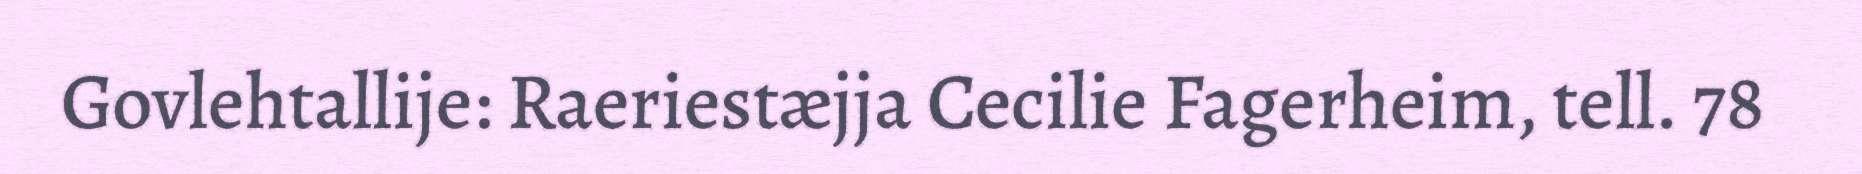
Govlehtallije: Raeriestæjja Cecilie Fagerheim, tell. 78